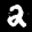
Label: 2